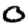
Digit: 0